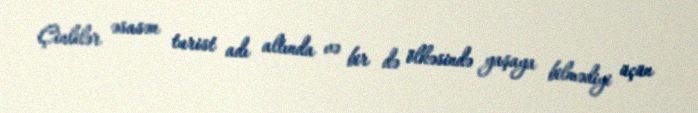
Çinlilər əsasən turist adı altında və bir də ölkəsində yaşaya bilmədiyi üçün